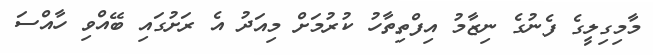
މާމިގިލީގެ ފެނުގެ ނިޒާމު އިފްތިތާހު ކުރުމަށް މިއަދު އެ ރަށުގައި ބޭއްވި ހާއްސަ